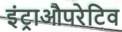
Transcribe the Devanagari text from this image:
इंट्राऔपरेटिव